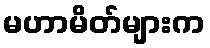
မဟာမိတ်များက